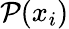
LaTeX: {\cal P}(x_{i})